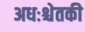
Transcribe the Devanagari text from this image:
अधःश्चेतकी